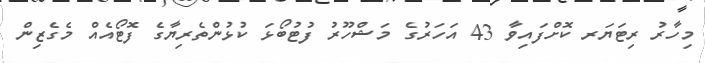
މިހާރު ރިޓަޔަރ ކޮށްފައިވާ 43 އަހަރުގެ މަޝްހޫރު ފުޓުބޯޅަ ކުޅުންތެެރިޔާގެ ފޮޓޯއެއް މެގެޒިން